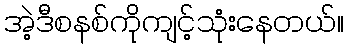
အဲ့ဒီစနစ်ကိုကျင့်သုံးနေတယ်။